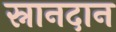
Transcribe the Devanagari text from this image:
स्नानदान